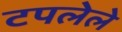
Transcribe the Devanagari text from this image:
टपलेले